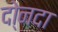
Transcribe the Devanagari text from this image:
दो्नदा